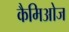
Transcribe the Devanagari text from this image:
कैमिओज